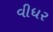
વીધર